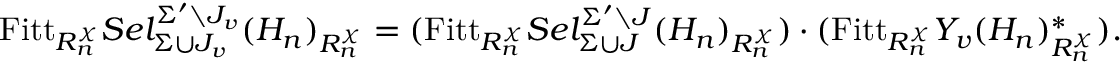
\mathrm { F i t t } _ { R _ { n } ^ { \chi } } S e l _ { \Sigma \cup J _ { v } } ^ { \Sigma ^ { \prime } \setminus J _ { v } } ( H _ { n } ) _ { R _ { n } ^ { \chi } } = ( \mathrm { F i t t } _ { R _ { n } ^ { \chi } } S e l _ { \Sigma \cup J } ^ { \Sigma ^ { \prime } \setminus J } ( H _ { n } ) _ { R _ { n } ^ { \chi } } ) \cdot ( \mathrm { F i t t } _ { R _ { n } ^ { \chi } } Y _ { v } ( H _ { n } ) _ { R _ { n } ^ { \chi } } ^ { \ast } ) .